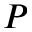
P